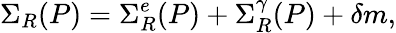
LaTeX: \Sigma_{R}(P)=\Sigma_{R}^{e}(P)+\Sigma_{R}^{\gamma}(P)+\delta m,